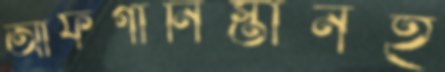
আফগানিস্তানই